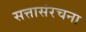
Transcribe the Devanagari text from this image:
सत्तासंरचना